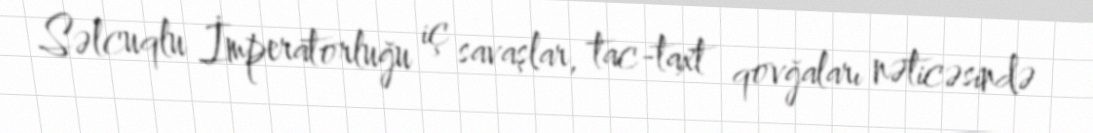
Səlcuqlu İmperatorluğu iç savaşlar, tac-taxt qovğaları nəticəsində